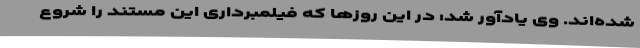
شده‌اند. وی یادآور شد: در این روزها که فیلمبرداری این مستند را شروع